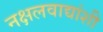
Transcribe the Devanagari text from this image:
नक्षलवाद्यांशी